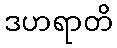
ဒဟရာတိ